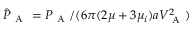
\hat { P } _ { \mathrm { ~ A ~ } } = P _ { \mathrm { ~ A ~ } } / ( 6 \pi ( 2 \mu + 3 \mu _ { i } ) a V _ { \mathrm { ~ A ~ } } ^ { 2 } )